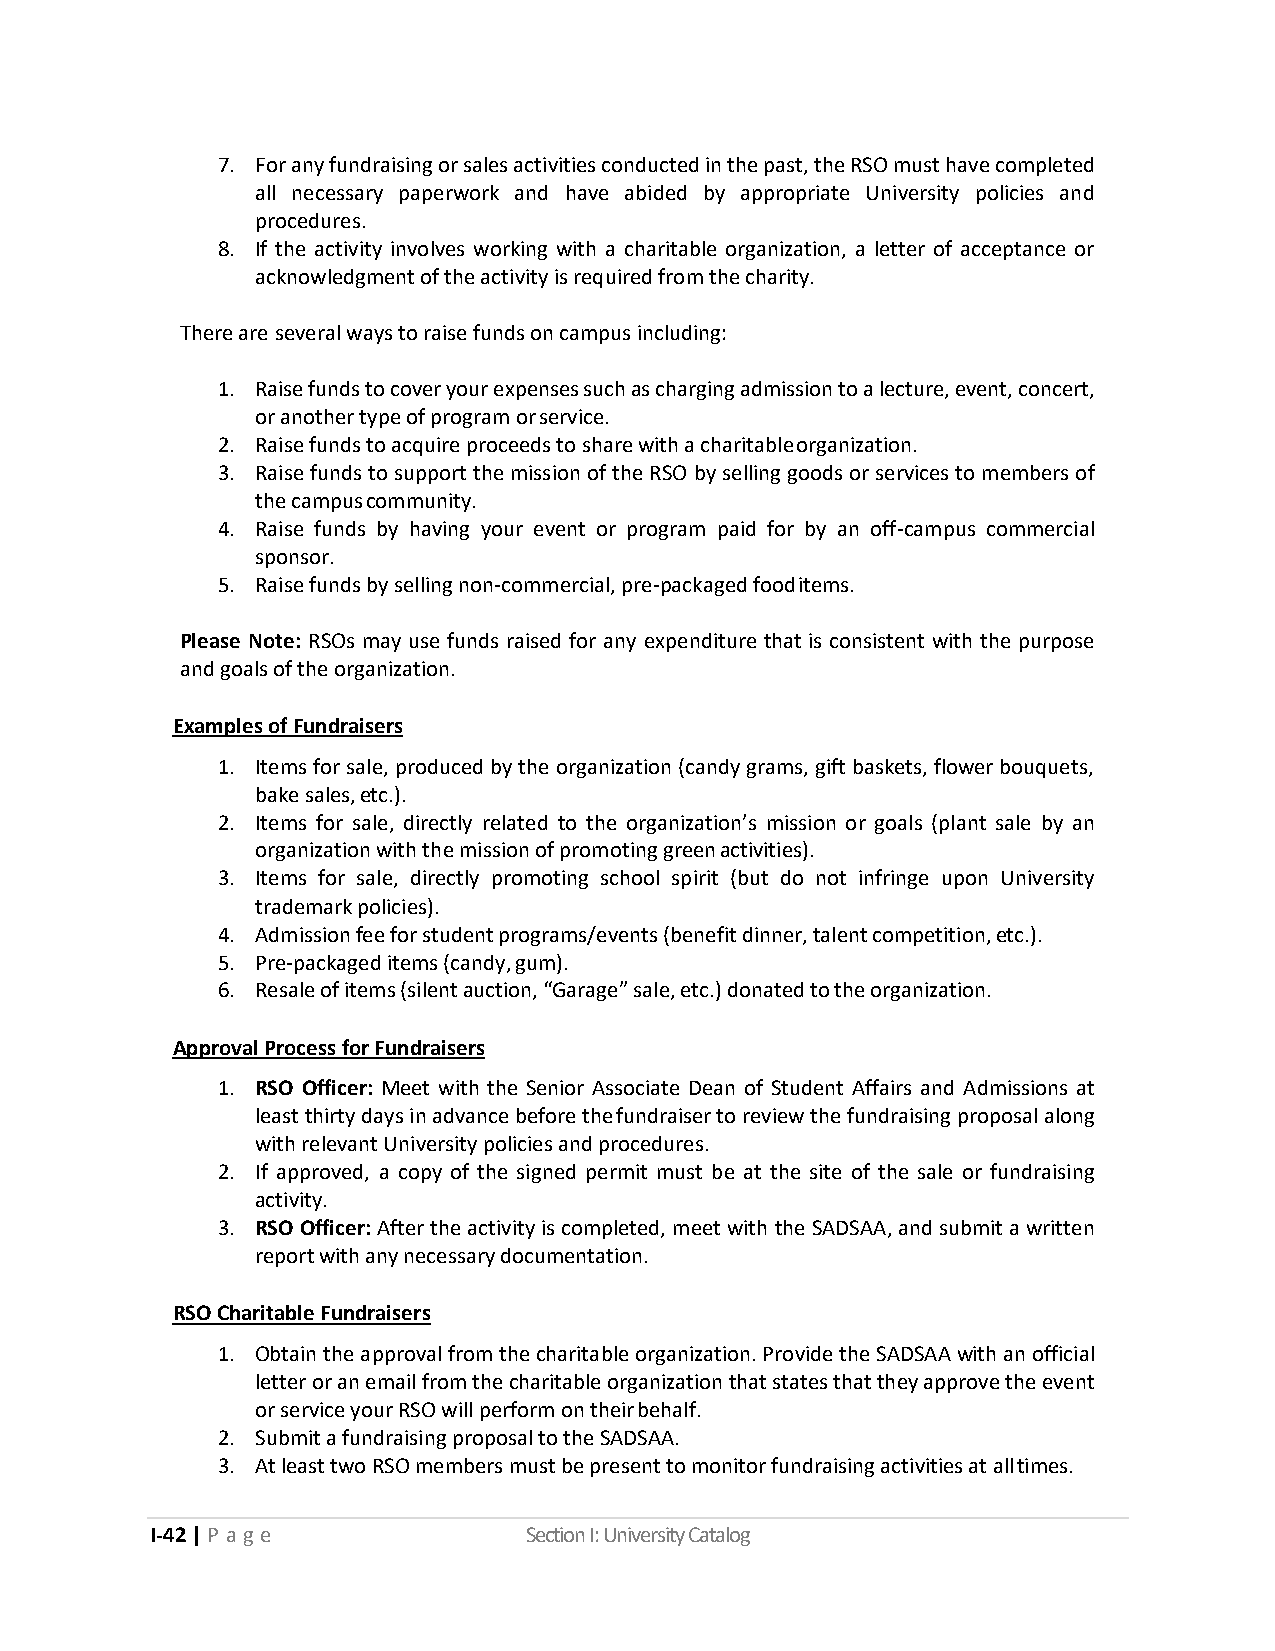
7. For any fundraising or sales activities conducted in the past, the RSO must have completed
 all necessary paperwork and have abided by appropriate University policies and
 procedures.
 8. If the activity involves working with a charitable organization, a letter of acceptance or
 acknowledgment of the activity is required from the charity.
 There are several ways to raise funds on campus including:
 1. Raise funds to cover your expenses such as charging admission to a lecture, event, concert,
 or another type of program or service.
 2. Raise funds to acquire proceeds to share with a charitable organization.
 3. Raise funds to support the mission of the RSO by selling goods or services to members of
 the campus community.
 4. Raise funds by having your event or program paid for by an off-campus commercial
 sponsor.
 5. Raise funds by selling non-commercial, pre-packaged food items.
 Please Note: RSOs may use funds raised for any expenditure that is consistent with the purpose
 and goals of the organization.
 Examples of Fundraisers
 1. Items for sale, produced by the organization (candy grams, gift baskets, flower bouquets,
 bake sales, etc.).
 2. Items for sale, directly related to the organization’s mission or goals (plant sale by an
 organization with the mission of promoting green activities).
 3. Items for sale, directly promoting school spirit (but do not infringe upon University
 trademark policies).
 4. Admission fee for student programs/events (benefit dinner, talent competition, etc.).
 5. Pre-packaged items (candy, gum).
 6. Resale of items (silent auction, “Garage” sale, etc.) donated to the organization.
 Approval Process for Fundraisers
 1. RSO Officer: Meet with the Senior Associate Dean of Student Affairs and Admissions at
 least thirty days in advance before the fundraiser to review the fundraising proposal along
 with relevant University policies and procedures.
 2. If approved, a copy of the signed permit must be at the site of the sale or fundraising
 activity.
 3. RSO Officer: After the activity is completed, meet with the SADSAA, and submit a written
 report with any necessary documentation.
 RSO Charitable Fundraisers
 1. Obtain the approval from the charitable organization. Provide the SADSAA with an official
 letter or an email from the charitable organization that states that they approve the event
 or service your RSO will perform on their behalf.
 2. Submit a fundraising proposal to the SADSAA.
 3. At least two RSO members must be present to monitor fundraising activities at all times.
 I-42 | P a ge            Section I: University Catalog